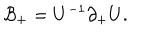
LaTeX: { \cal B } _ { + } = U ^ { - 1 } \partial _ { + } U .